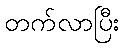
တက်လာပြီး